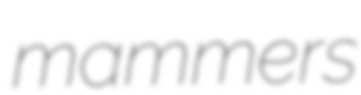
mammers